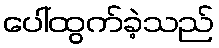
ပေါ်ထွက်ခဲ့သည်